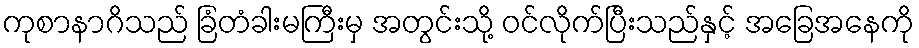
ကုစာနာဂိသည် ခြံတံခါးမကြီးမှ အတွင်းသို့ ဝင်လိုက်ပြီးသည်နှင့် အခြေအနေကို